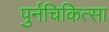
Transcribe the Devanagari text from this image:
पुर्नचिकित्सा